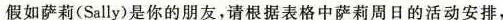
假如萨莉(Sally)是你的朋友,请根据表格中萨莉周日的活动安排,